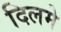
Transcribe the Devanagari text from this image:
दिलमे